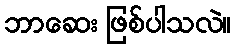
ဘာဆေး ဖြစ်ပါသလဲ။